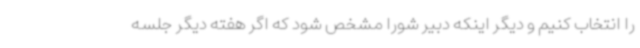
را انتخاب کنیم و دیگر اینکه دبیر شورا مشخص شود که اگر هفته دیگر جلسه